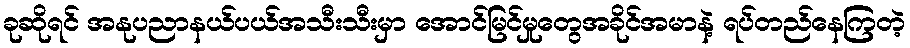
ခုဆိုရင် အနုပညာနယ်ပယ်အသီးသီးမှာ အောင်မြင်မှုတွေအခိုင်အမာနဲ့ ရပ်တည်နေကြတဲ့